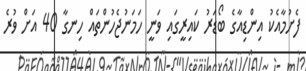
ފެށުމާއެކު އިންޑިއާގެ ބޯޑަރު ކައިރީގައި ވަނީ ހަމަނުޖެހުންތައް ހިނގާ 40 އަށް ވުރެ